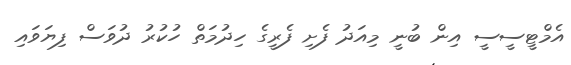
އެމްޓީސީސީ އިން ބުނީ މިއަދު ފެށި ފެރީގެ ހިދުމަތް ހުކުރު ދުވަސް ފިޔަވައި